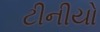
ટીનીયો